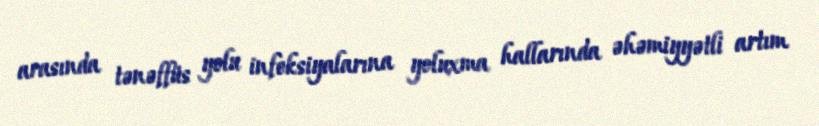
arasında tənəffüs yolu infeksiyalarına yoluxma hallarında əhəmiyyətli artım